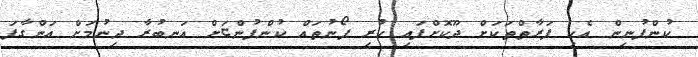
ކުންފުނިން އެކި ފަރާތްތަކަށް ދޫކޮށްފައި ހުރި ފޯނުތައް ކުންފުންޏަށް އަނބުރާ ދިނުމަށް އަންގާފަ